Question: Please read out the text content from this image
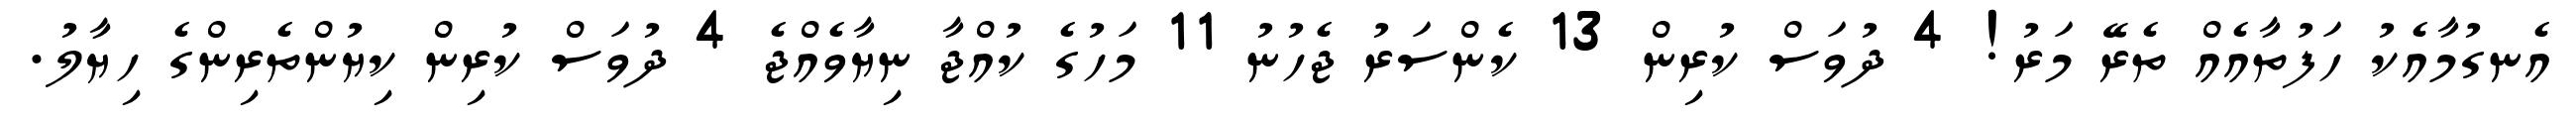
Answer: އެނގުމާއެކު ހަފުތާއެއް ތެރޭ މަރު! 4 ދުވަސް ކުރިން 13 ކެންސަރު ޖެހުނު 11 މަހުގެ ކުއްޖާ ނިޔާވެއްޖެ 4 ދުވަސް ކުރިން ކިޔުންތެރިންގެ ހިޔާލު.